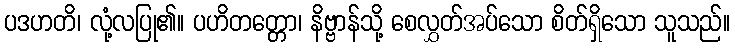
ပဒဟတိ၊ လုံ့လပြု၏။ ပဟိတတ္တော၊ နိဗ္ဗာန်သို့ စေလွှတ်အပ်သော စိတ်ရှိသော သူသည်။